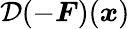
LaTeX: \mathcal{D}(-\boldsymbol{F})(\boldsymbol{x})